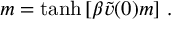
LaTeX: m = \operatorname { t a n h } \left[ \beta \widetilde { v } ( 0 ) m \right] \, .